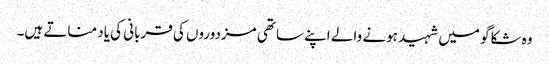
وہ شکاگو میں شہید ہونے والے اپنے ساتھی مزدوروں کی قربانی کی یاد مناتے ہیں۔